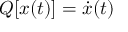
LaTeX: Q [ x ( t ) ] = { \dot { x } } ( t )